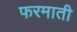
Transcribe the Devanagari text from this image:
फरमाती